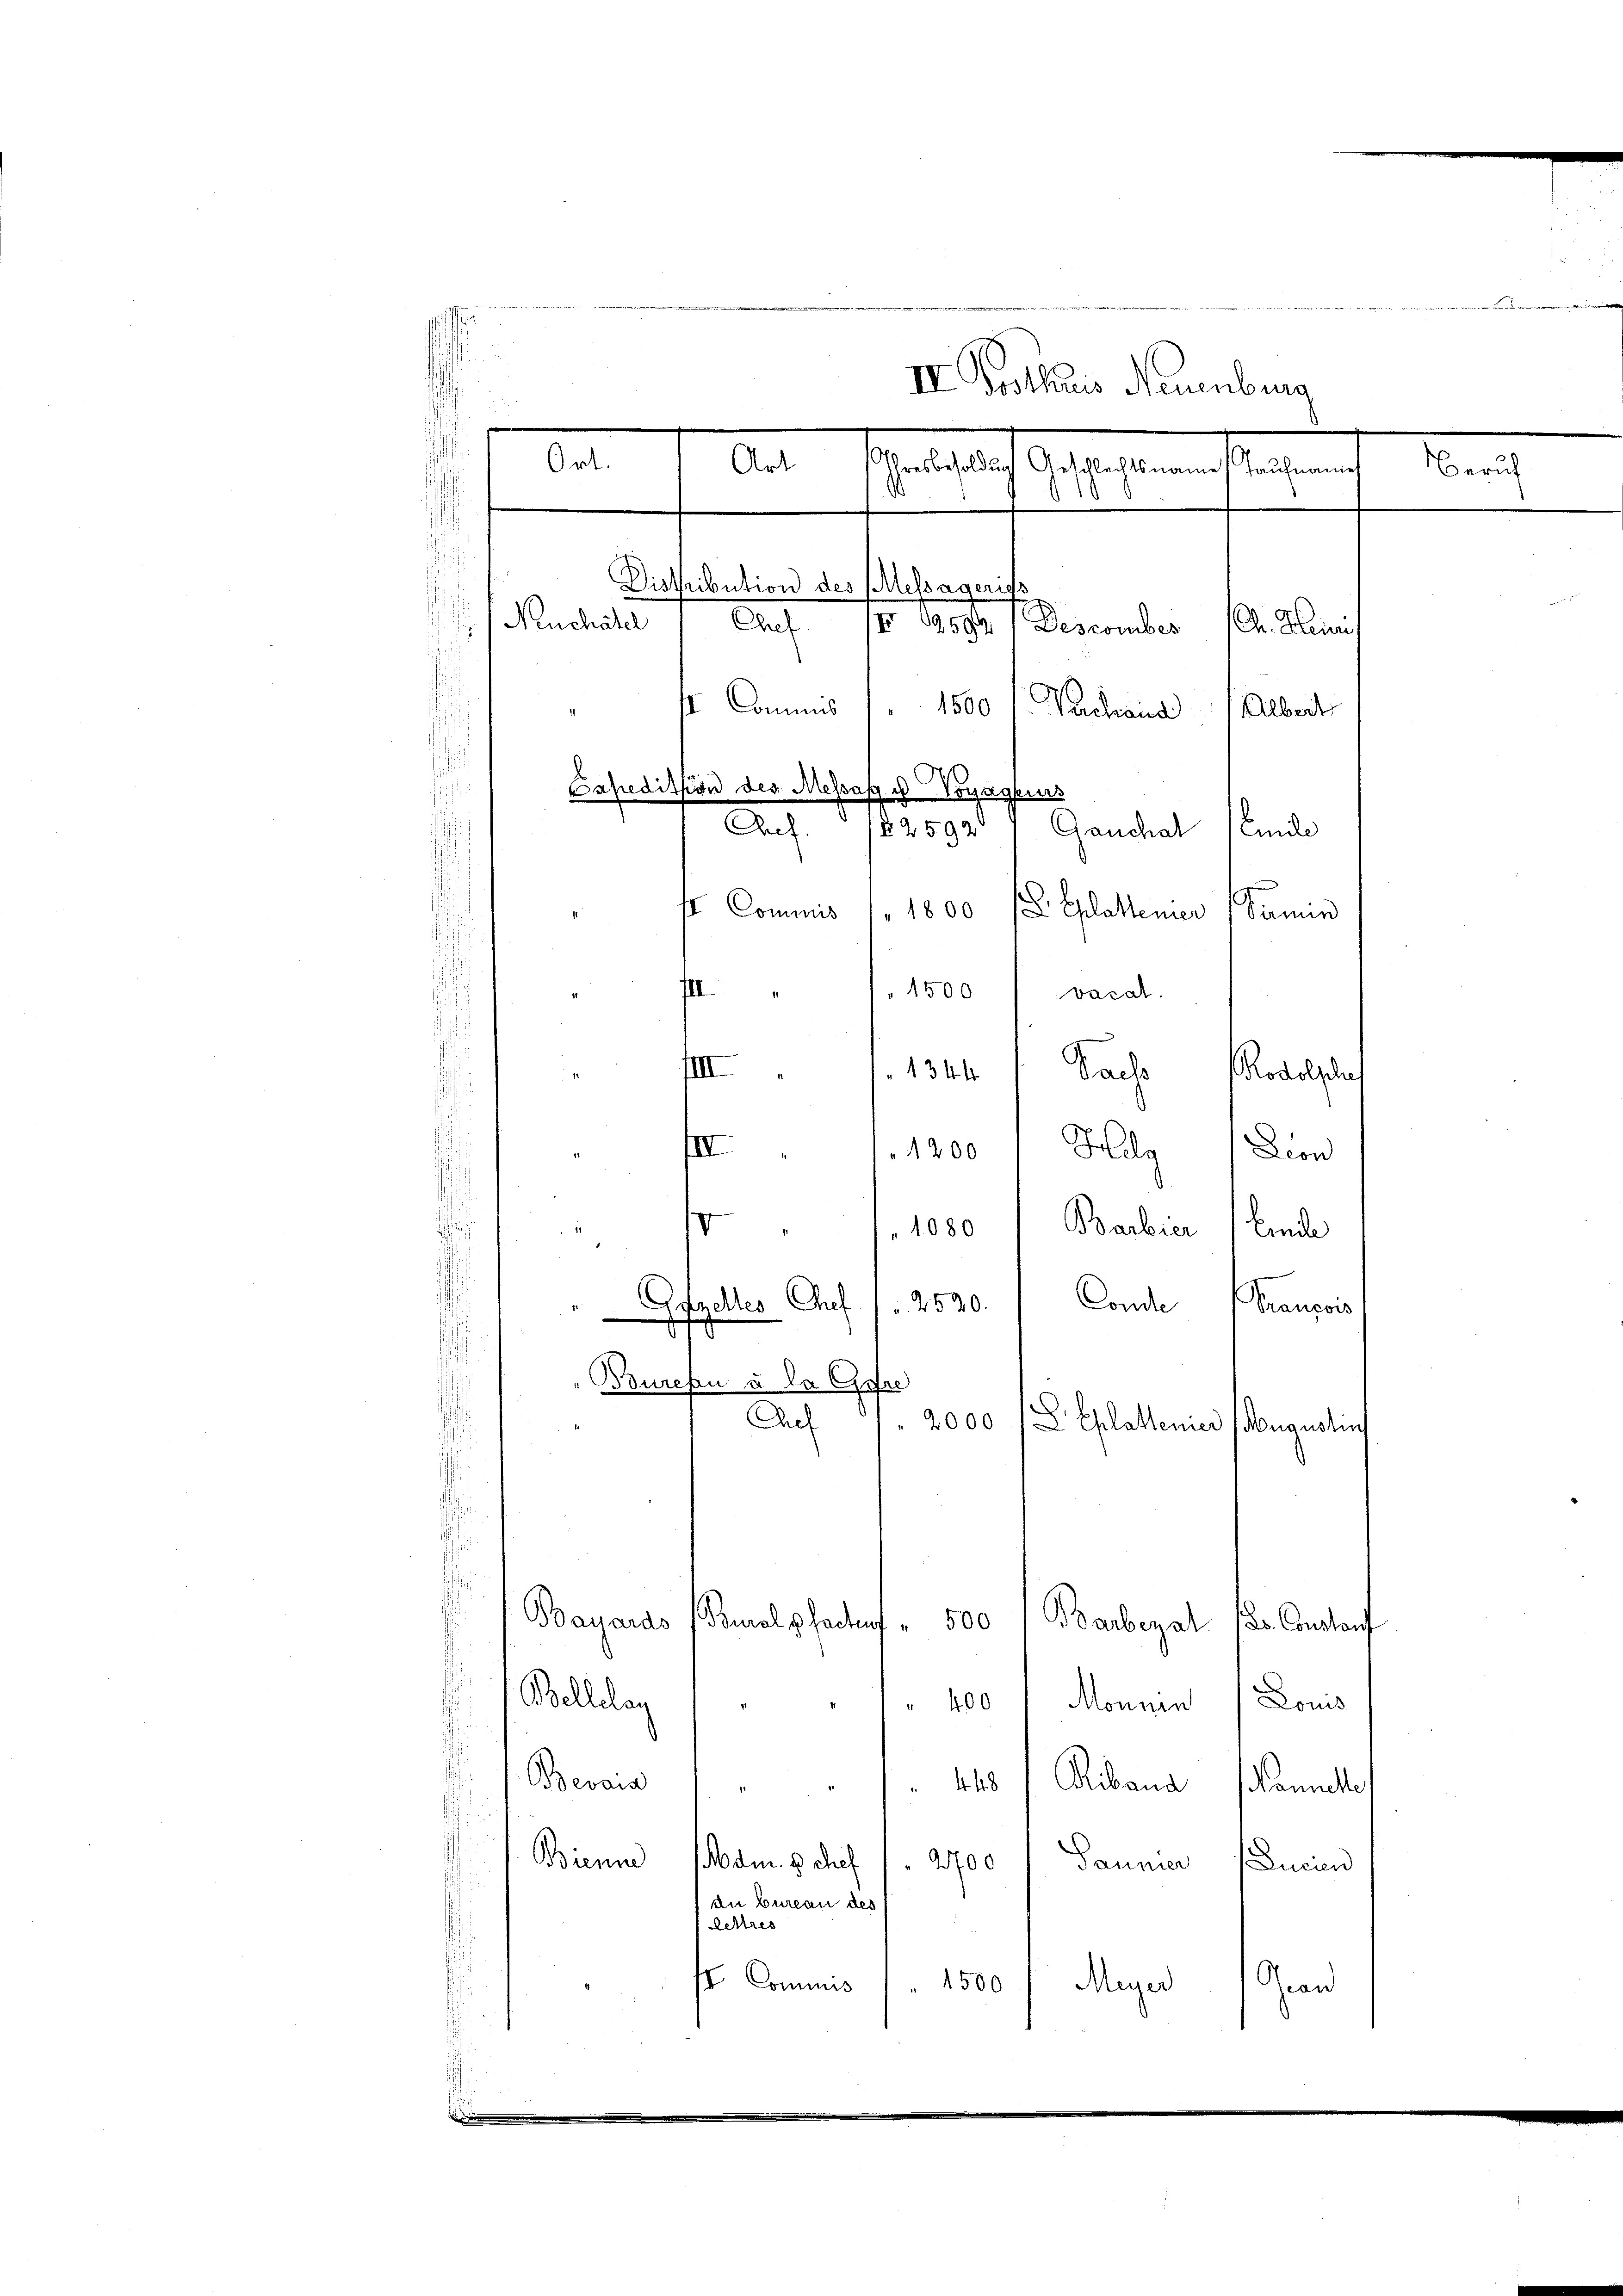
. . . . . . . . . .
i

IV. Posthuis Neuenburg
.
Mandesrath bestaltenen erachen
Beruf
s
10
e
Distribution des Behageris

Neuchatel
Auch so. Ander December
Ch. Stein,
II Commis 1. 1500 l. Verhand Albert
Expedition des Messes u Voyageurs
Ganchal
Aref. 1825920
Eidle
II Commis 1 1800 / Eplattener
Samie

t
1500 / vacal.
IIII 1344) Sache
Rodolsche
J
I 1. 1200 " Hulg Dion
d
1080 Barbier (Eide
Conde
2540.
Francois
Gfzelles Auf
Bouresen u. Da Gefre
2
Aef
2000
L Eplattenier Augustin
.
¬
Bayaras
Bualphacken,
500
Barberal
r. Constauf
Bellelag
1400 l Monnen (Lous
Bevais
 448 / Riband Mannelle
Biene am 8. Auf 1. 2700
Paunier Lucian
die bureau des
Lettres
ss Commis
 1500
Meyer
aand
d

Ort.
Art

..............................